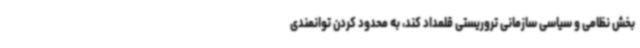
بخش نظامی و سیاسی سازمانی تروریستی قلمداد کند، به محدود کردن توانمندی